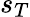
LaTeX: s_{T}